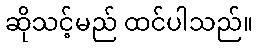
ဆိုသင့်မည် ထင်ပါသည်။